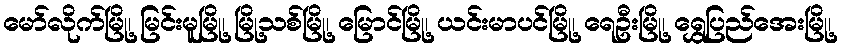
မော်လိုက်မြို့၊ မြင်းမူမြို့၊ မြို့သစ်မြို့၊ မြောင်မြို့၊ ယင်းမာပင်မြို့၊ ရေဦးမြို့၊ ရွှေပြည်အေးမြို့၊